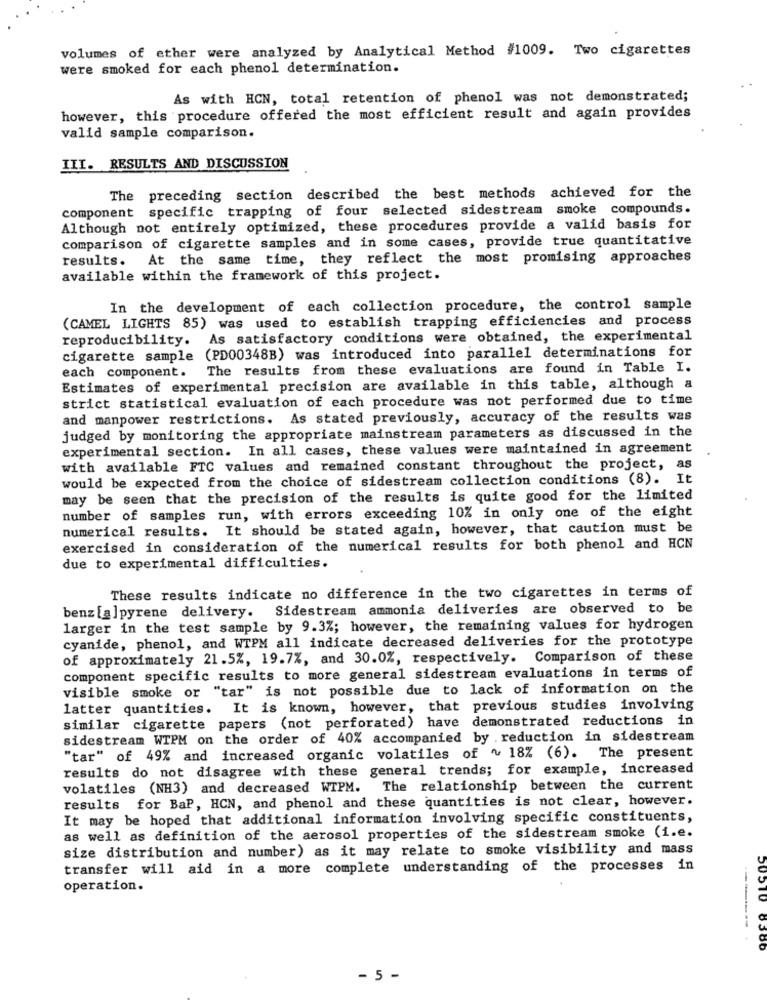
volumes of ether were analyzed by Analytical Method #1009. Two cigarettes
were smoked for each phenol determination.
As with HCN, total retention of phenol was not demonstrated;
however, this procedure offered the most efficient result and again provides
valid sample comparison.
III. RESULTS AND DISCUSSION
The preceding section described the best methods achieved for the
component specific trapping of four selected sidestream smoke compounds.
Although not entirely optimized, these procedures provide a valid basis for
comparison of cigarette samples and in some cases, provide true quantitative
results. At the same time, they reflect the most promising approaches
available within the framework of this project.
In the development of each collection procedure, the control sample
(CAMEL LIGHTS 85) was used to establish trapping efficiencies and process
reproducibility. As satisfactory conditions were obtained, the experimental
cigarette sample (PD00348B) was introduced into parallel determinations for
each component. The results from these evaluations are found in Table I.
Estimates of experimental precision are available in this table, although a
strict statistical evaluation of each procedure was not performed due to time
and manpower restrictions. As stated previously, accuracy of the results was
judged by monitoring the appropriate mainstream parameters as discussed in the
experimental section. In all cases, these values were maintained in agreement
with available FTC values and remained constant throughout the project, as
would be expected from the choice of sidestream collection conditions (8). It
may be seen that the precision of the results is quite good for the limited
number of samples run, with errors exceeding 10% in only one of the eight
numerical results. It should be stated again, however, that caution must be
exercised in consideration of the numerical results for both phenol and HCN
due to experimental difficulties.
These results indicate no difference in the two cigarettes in terms of
benz [a]pyrene delivery. Sidestream ammonia deliveries are observed to be
larger in the test sample by 9.3%; however, the remaining values for hydrogen
cyanide, phenol, and WTPM all indicate decreased deliveries for the prototype
of approximately 21.5%, 19.7%, and 30.0%, respectively. Comparison of these
component specific results to more general sidestream evaluations in terms of
visible smoke or "tar" is not possible due to lack of information on the
latter quantities. It is known, however, that previous studies involving
similar cigarette papers (not perforated) have demonstrated reductions in
sidestream WTPM on the order of 40% accompanied by . reduction in sidestream
"tar" of 49% and increased organic volatiles of ~ 18% (6). The present
results do not disagree with these general trends; for example, increased
volatiles (NH3) and decreased WIPM. The relationship between the current
results for BaP, HCN, and phenol and these quantities is not clear, however.
It may be hoped that additional information involving specific constituents,
as well as definition of the aerosol properties of the sidestream smoke (i.e.
size distribution and number) as it may relate to smoke visibility and mass
transfer will aid in a more complete understanding of the processes in
operation.
50510 8386
- 5 -